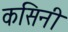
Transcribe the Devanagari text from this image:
कसिनी